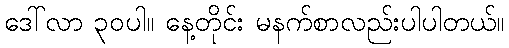
ဒေါ်လာ ၃၀ပါ။ နေ့တိုင်း မနက်စာလည်းပါပါတယ်။